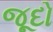
જૂદો